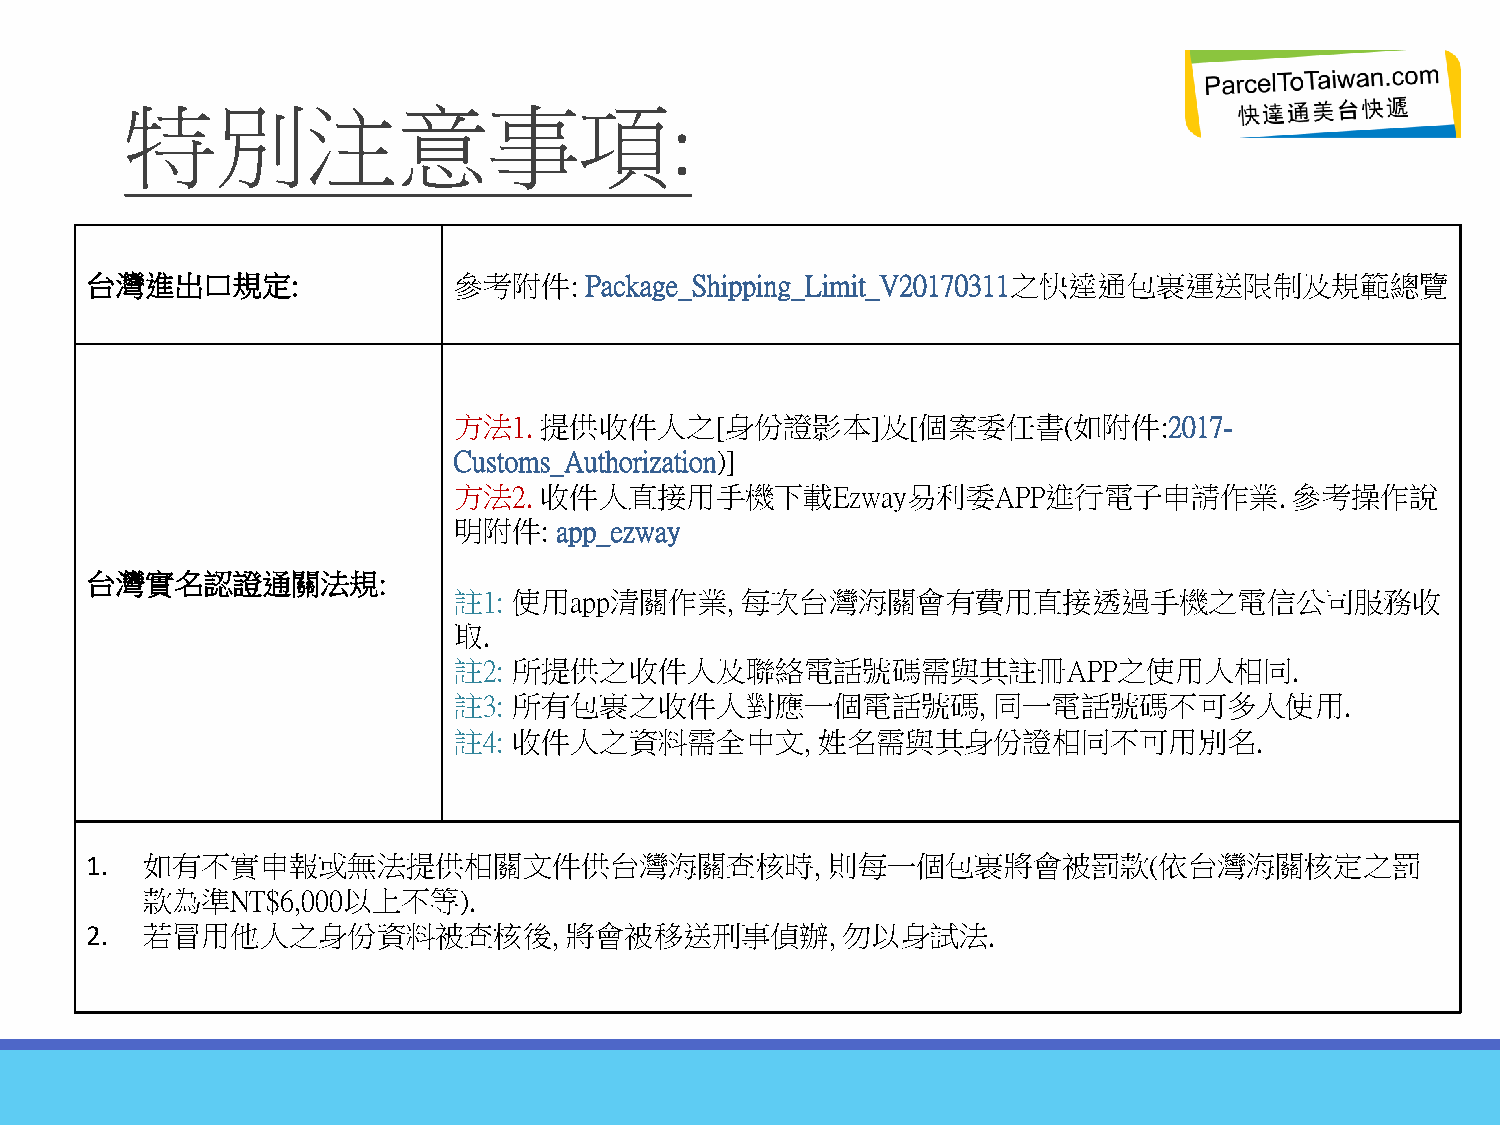
特別注意事項:
 台灣進出口規定:                參考附件:    Package_Shipping_Limit_V20170311之快達通包裹運送限制及規範總覽
 方法1.  提供收件人之[身份證影本]及[個案委任書(如附件:2017-
 Customs_Authorization)]
 方法2.  收件人直接用手機下載Ezway易利委APP進行電子申請作業.                    參考操作說
 明附件:   app_ezway
 台灣實名認證通關法規:
 註1: 使用app清關作業,     每次台灣海關會有費用直接透過手機之電信公司服務收
 取.
 註2: 所提供之收件人及聯絡電話號碼需與其註冊APP之使用人相同.
 註3: 所有包裹之收件人對應一個電話號碼,               同一電話號碼不可多人使用.
 註4: 收件人之資料需全中文,         姓名需與其身份證相同不可用別名.
 1. 如有不實申報或無法提供相關文件供台灣海關查核時,                      則每一個包裹將會被罰款(依台灣海關核定之罰
 款為準NT$6,000以上不等).
 2. 若冒用他人之身份資料被查核後,             將會被移送刑事偵辦,         勿以身試法.